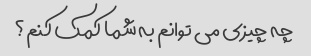
چه چیزی می توانم به شما کمک کنم؟